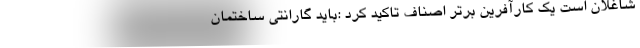
شاغلان است يك کارآفرین برتر اصناف تاکید کرد :باید گارانتي ساختمان